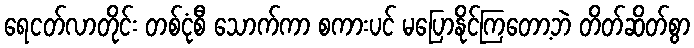
ရေငတ်လာတိုင်း တစ်ငုံစီ သောက်ကာ စကားပင် မပြောနိုင်ကြတော့ဘဲ တိတ်ဆိတ်စွာ